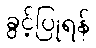
ခွင့်ပြုရန်